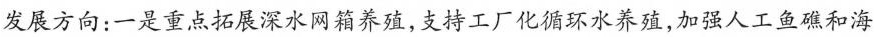
发展方向：一是重点拓展深水网箱养殖，支持工厂化循环水养殖，加强人工鱼礁和海